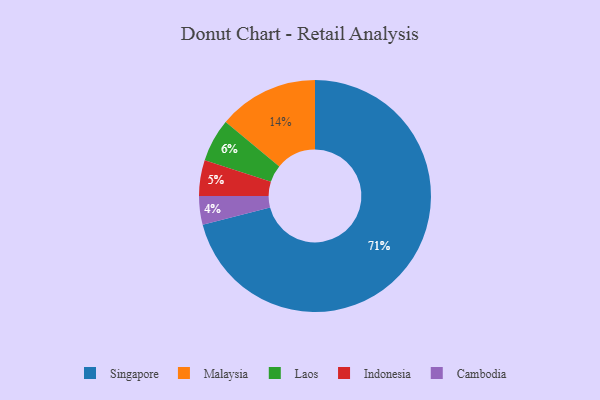
{"axis": {"x": "Category", "y": "Percentage"}, "legend": ["Cambodia", "Indonesia", "Laos", "Malaysia", "Singapore"], "data": [{"x": "Cambodia", "y": 4, "type": "Cambodia"}, {"x": "Laos", "y": 6, "type": "Laos"}, {"x": "Malaysia", "y": 14, "type": "Malaysia"}, {"x": "Indonesia", "y": 5, "type": "Indonesia"}, {"x": "Singapore", "y": 71, "type": "Singapore"}]}